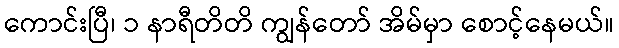
ကောင်းပြီ၊ ၁ နာရီတိတိ ကျွန်တော် အိမ်မှာ စောင့်နေမယ်။